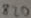
Text: 820